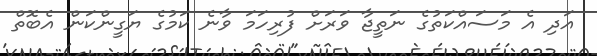
އަދި އެ މަސައްކަތުގެ ނަތީޖާ ވަރަށް ފުރިހަމަ ވާނެ ކަމުގެ ޔަގީންކަން އެބޮތް